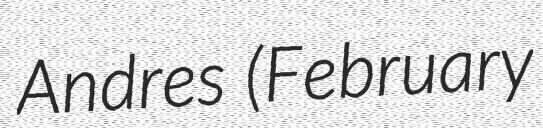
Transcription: Andres (February